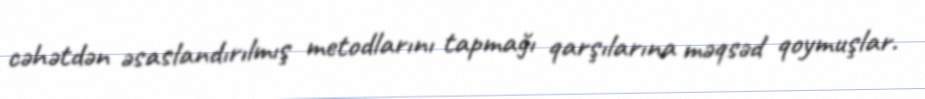
cəhətdən əsaslandırılmış metodlarını tapmağı qarşılarına məqsəd qoymuşlar.